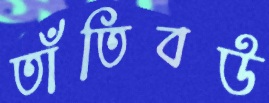
তাঁতিবউ